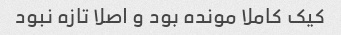
کیک کاملا مونده بود و اصلا تازه نبود